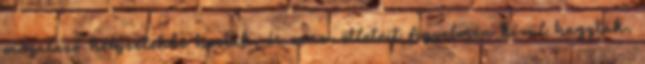
megalázó helyzetekbe hozták, és zenei ötleteit figyelmen kívül hagyták.